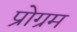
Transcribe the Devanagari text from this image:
प्रोग्रम